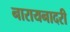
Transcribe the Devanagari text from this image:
नारायनादरी